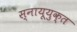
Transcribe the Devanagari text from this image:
स्नायूयुक्त